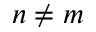
n \neq m